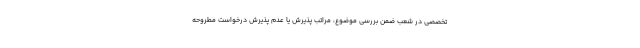
تخصصی در شعب ضمن بررسی موضوع، مراتب پذیرش یا عدم پذیرش درخواست مطروحه